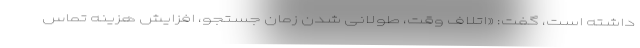
داشته است، گفت: «اتلاف وقت، طولانی شدن زمان جستجو، افزایش هزینه‌ تماس